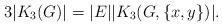
LaTeX: \begin{align*}3|K_3(G)|=|E||K_3(G,\{x,y\})|.\end{align*}